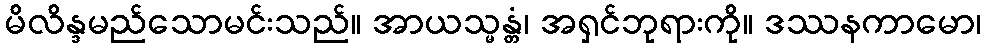
မိလိန္ဒမည်သောမင်းသည်။ အာယသ္မန္တံ၊ အရှင်ဘုရားကို။ ဒဿနကာမော၊